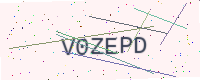
Text: V0ZEPD